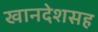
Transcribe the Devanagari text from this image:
खानदेशसह